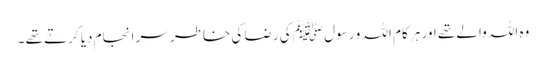
وہ اللہ والے تھے اور ہر کام اللہ و رسول ﷺ کی رضا کی خاطر سر انجام دیا کرتے تھے ۔